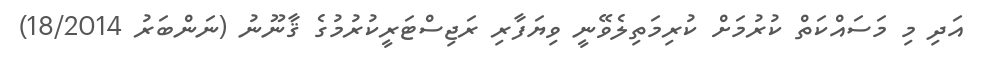
އަދި މި މަސައްކަތް ކުރުމަށް ކުރިމަތިލެވޭނީ ވިޔަފާރި ރަޖިސްޓަރީކުރުމުގެ ޤާނޫނު (ނަންބަރު 18/2014)